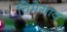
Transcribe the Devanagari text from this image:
चिमेगाव